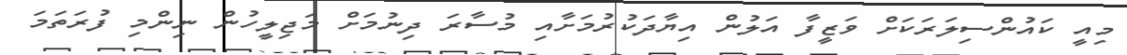
މިއީ ކައުންސިލަރަކަށް ވަޒީފާ އަލުން އިޔާދަކުރުމަށާއި މުސާރަ ދިނުމަށް މަޖިލީހުން ނިންމި ފުރަތަމަ